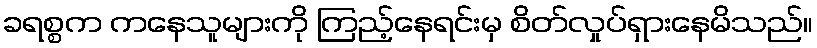
ခရစ္စက ကနေသူများကို ကြည့်နေရင်းမှ စိတ်လှုပ်ရှားနေမိသည်။